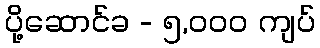
ပို့ဆောင်ခ - ၅,၀၀၀ ကျပ်